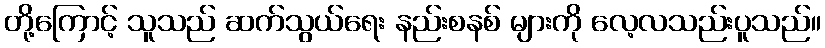
တို့ကြောင့် သူသည် ဆက်သွယ်ရေး နည်းစနစ် များကို လေ့လသည်းပူသည်။